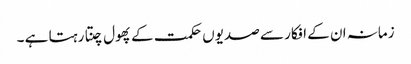
زمانہ ان کے افکار سے صدیوں حکمت کے پھول چنتا رہتا ہے ۔